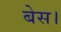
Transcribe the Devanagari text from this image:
बेस।